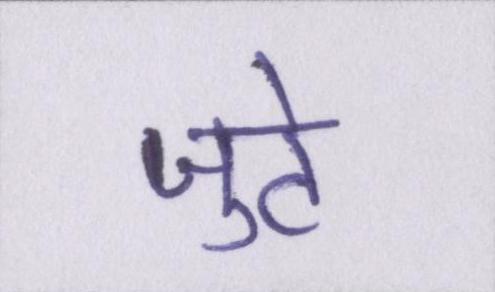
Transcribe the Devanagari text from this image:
जुटे